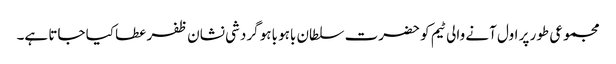
مجموعی طور پر اول آنے والی ٹیم کو حضرت سلطان باہو باہو گردشی نشان ظفر عطا کیا جاتا ہے۔